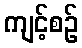
ကျင့်စဉ်